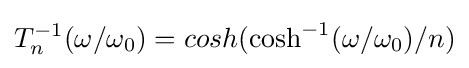
T_{n}^{-1}(\omega /\omega _{0})=cosh(\cosh ^{-1}(\omega /\omega _{0})/n)